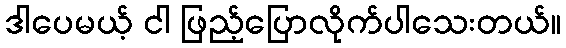
ဒါပေမယ့် ငါ ဖြည့်ပြောလိုက်ပါသေးတယ်။